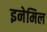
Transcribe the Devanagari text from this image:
इनेमिल